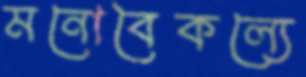
মনোবৈকল্যে